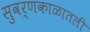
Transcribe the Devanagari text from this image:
सुवर्णकाळातली